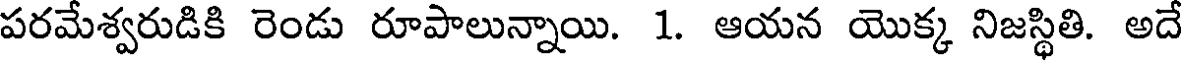
పరమేశ్వరుడికి రెండు రూపాలున్నాయి. 1. ఆయన యొక్క నిజస్థితి. అదే